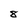
Character: 8